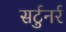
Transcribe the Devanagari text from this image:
सर्टुनर्र